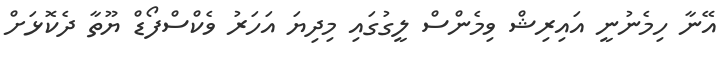
އޭނާ ހިމެނުނީ އައިރިޝް ވިމެންސް ލީގުގައި މިދިޔަ އަހަރު ވެކްސްފޯޑް ޔޫތާ ދެކޮޅަށް